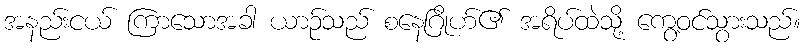
အနည်းငယ် ကြာသောအခါ ယာဉ်သည် စနေဂြိုဟ်၏ အရိပ်ထဲသို့ ကွေ့ဝင်သွားသည်။